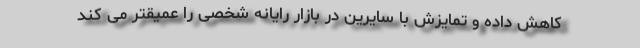
کاهش داده و تمایزش با سایرین در بازار رایانه شخصی را عمیقتر می کند